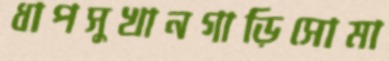
ধাপসুখানগাড়িসোমা